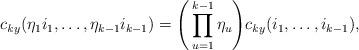
LaTeX: \begin{align*} c_{\mathit{k}y}(\eta_1i_1,\ldots,\eta_{k-1}i_{k-1}) = \Bigg(\prod_{u=1}^{k-1}\eta_u\Bigg)c_{\mathit{k}y}(i_1,\ldots,i_{k-1}),\end{align*}